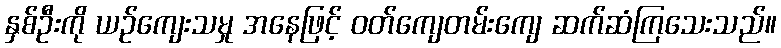
နှစ်ဦးကို ယဉ်ကျေးသမှု အနေဖြင့် ဝတ်ကျေတမ်းကျေ ဆက်ဆံကြသေးသည်။